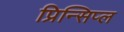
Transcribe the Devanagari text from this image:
प्रिन्सिप्ल